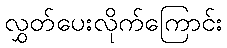
လွှတ်ပေးလိုက်ကြောင်း